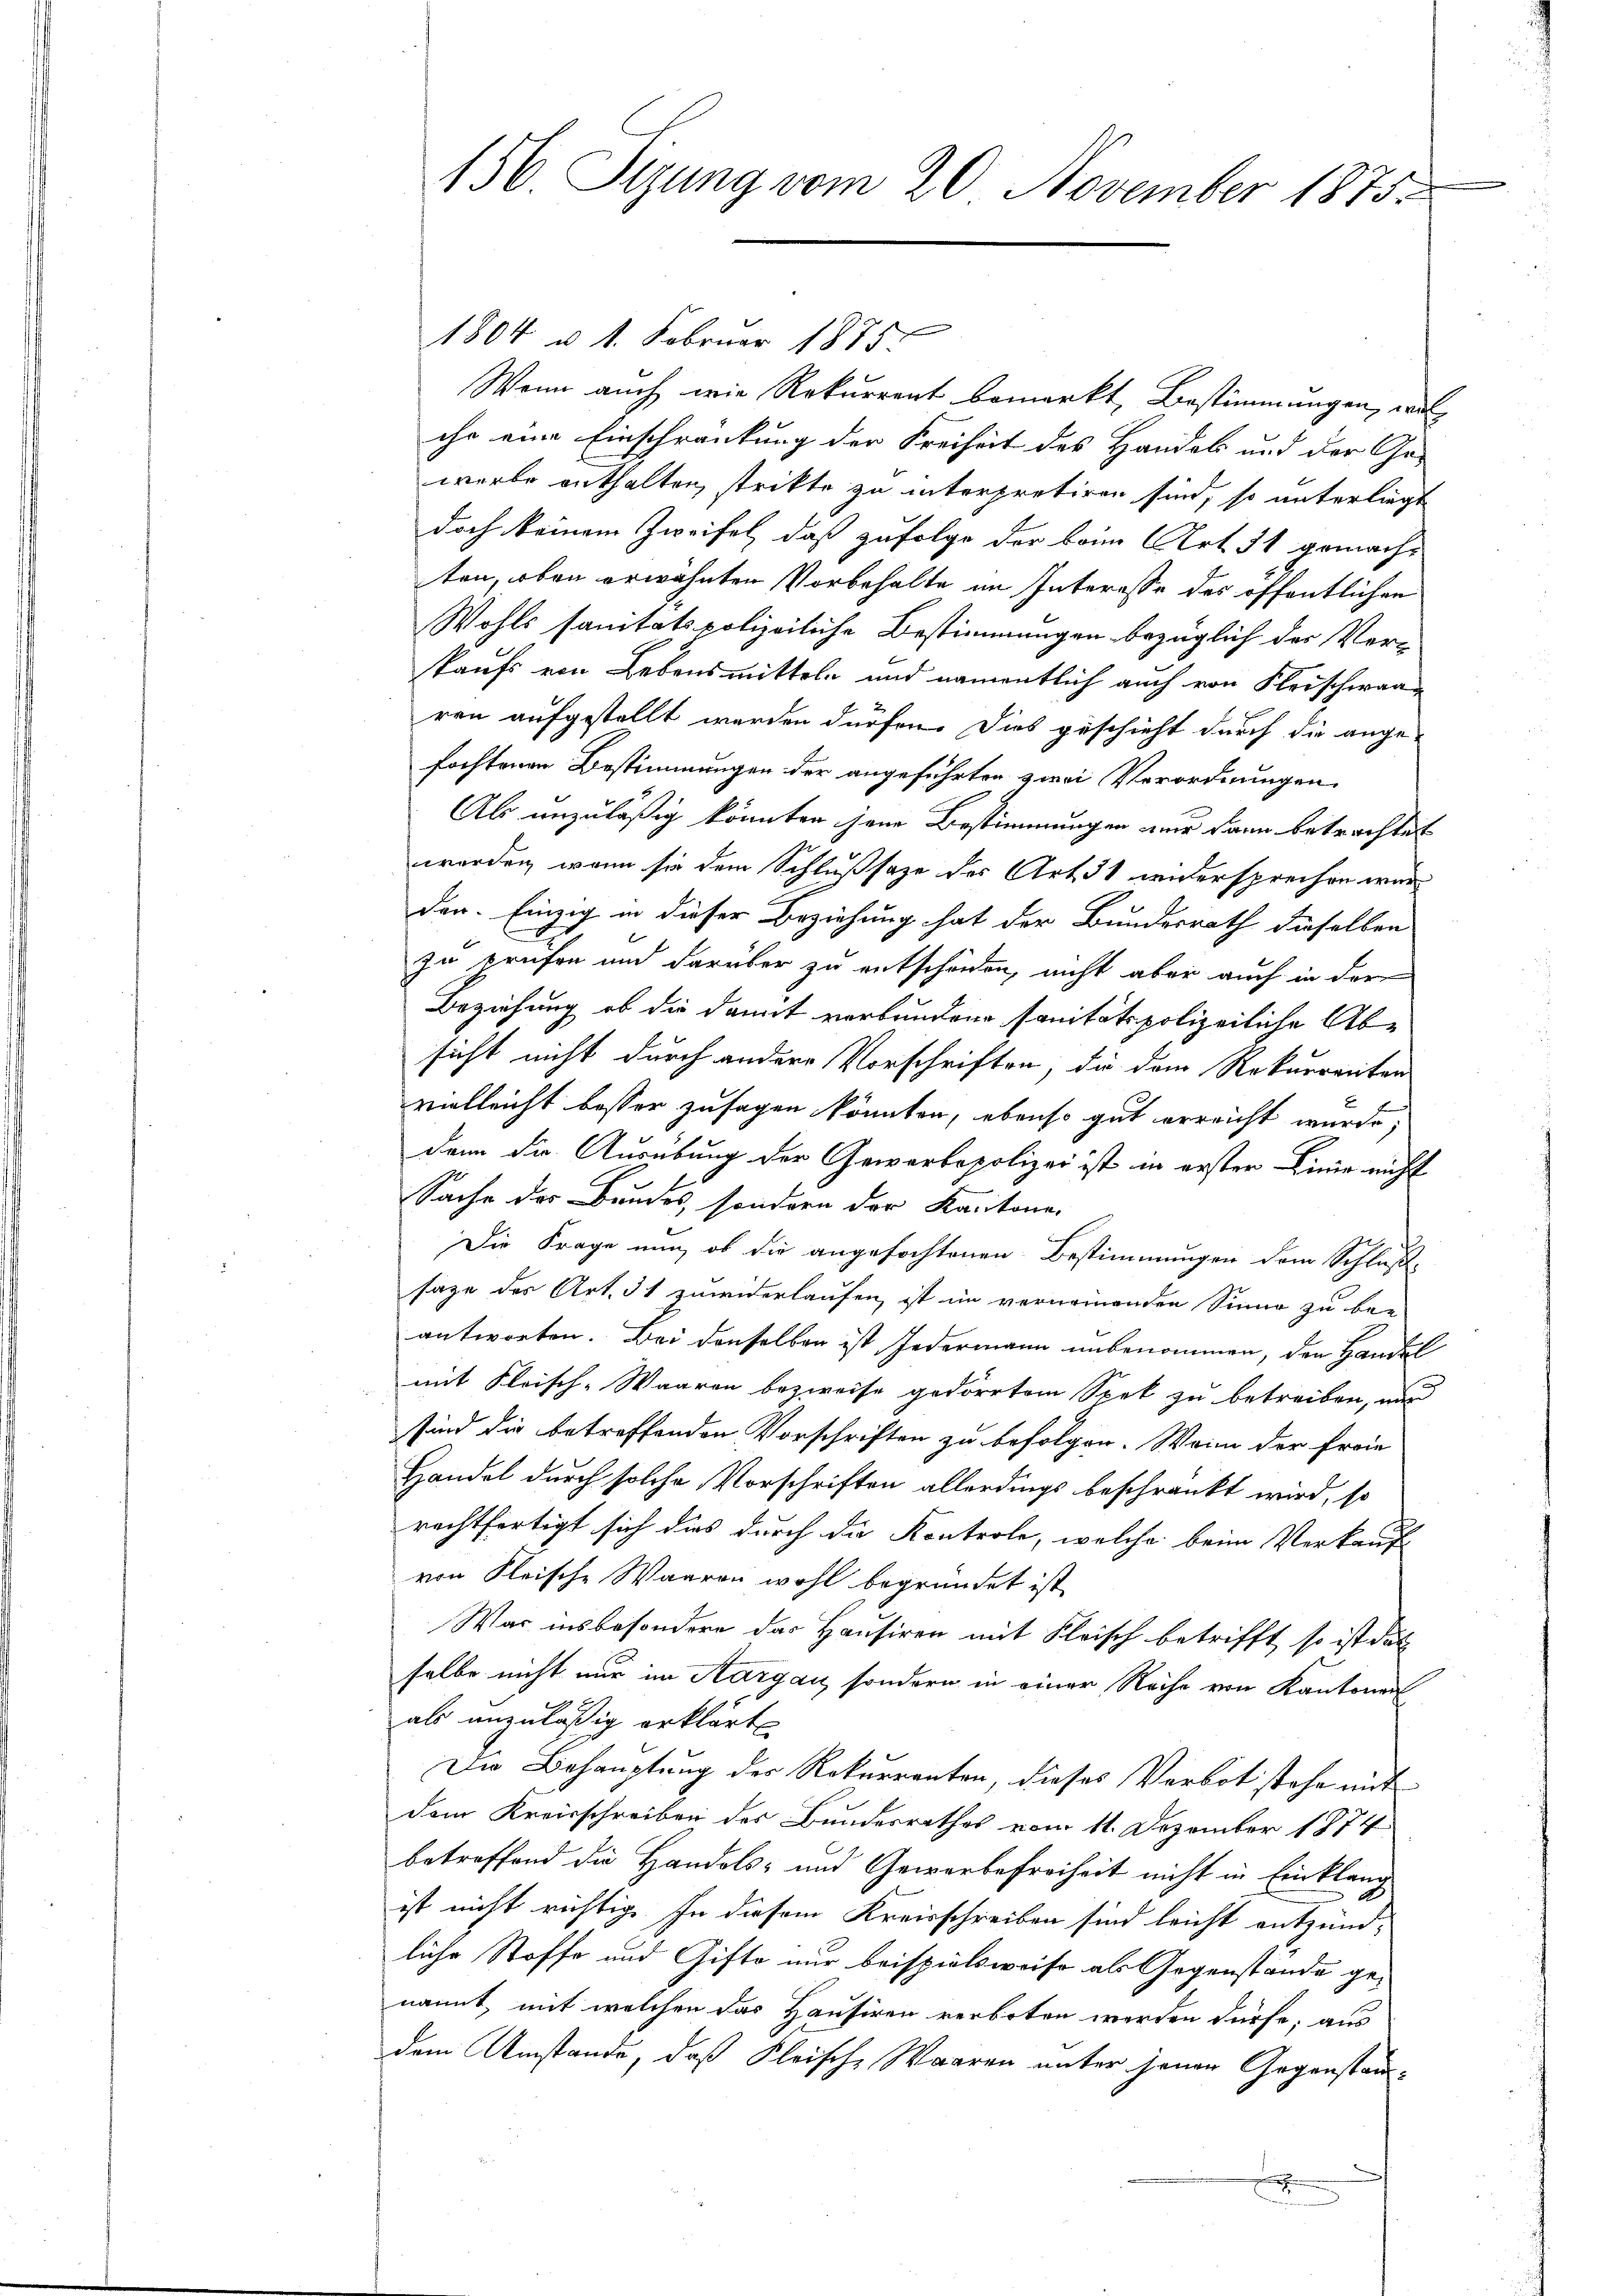
1804 u 1. Februar 1875.
Wenn auch wie Rekurrent bemerkt, Bestimmungen, wi
ihr eine Einschränkung der Freiheit des Handels und der Gewerbe enthalten, strikte zu interpretiren sind, so unterliegt
doch keinem Zweifel, daß zufolge der beim Art. 31 gemacht
ten, oben erwähnten Vorbehalte im Interesse des öffentlichen
Wohls sanitätspolizeiliche Bestimmungen bezüglich der Ver-
kaufs von Lebensmitteln und namentlich auch von Fleischeran-
ren aufgestellt werden dürfen. Dies geschieht durch die ange-
fochtenen Bestimmungen der angeführten zwei Verordnungen
Als unzuläßig könnten jene Bestimmungen nur dann betrachtet
werden, wenn sie dem Schlußsaze des Art. 31 widersprechen war
den. Einzig in dieser Beziehung hat der Bundesrath dieselben
zu prüfen und darüber zu entscheiden, nicht aber auch in der
Beziehung ob die damit verbundene sanitätspolizeiliche Ab-
sicht nicht durch andere Vorschriften, die dem Rekurrenten
vielleicht besser zusagen könnten, ebenso gut erreicht wurde,
dann die Ausübung der Gewerbepolizei ist in erster Linie nicht
Sache des Bundes, sondern der Kantone.
Die Frage nun, ob die angefochtenen Bestimmungen dem Schluße
sage des Art. 51 zuwiderlaufen, ist im vernommenden Sinne zu be-
antworten. Bei denselben ist Jedermann unbenommen, den Handel
mit Fleisch-Waaren bezweife gedörrten Spek zu betreiben, war
sind die betreffenden Vorschriften zu befolgen. Wenn der Freie
Handel durch solche Vorschriften allerdings beschränkt wird, so
rechtfertigt sich dies durch die Kontrole, welche beim Verkauf
von Fleische Waaren wohl begründet ist,
War insbesondere das Hausiren mit Fleisch betrifft, so ist das
selbe nicht nur im Aargau, sondern in einer Reihe von Kantone
als anzuläßig erklärt
Die Behauptung der Rekurrenten, dieses Verbot stehe mit
dem Kreisschreiben des Bundesrathes vom 11. Dezember 1874
betreffend die Handels- und Gewerbefreiheit nicht in Einklang
ist nicht richtig. In diesem Kreisschreiben sind leicht entzünd-
liche Stoffe und Gifto nur beispielsweise als Gegenstände genannt, mit welchen das Hausiren verboten werden dürfe, aus
dem Umstände, daß Fleische Waaren unter jenen Gegenstanx

136. Sizung vom 20. November 1875.